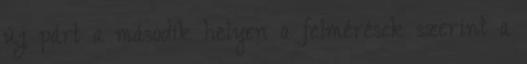
új párt a második helyen a felmérések szerint a